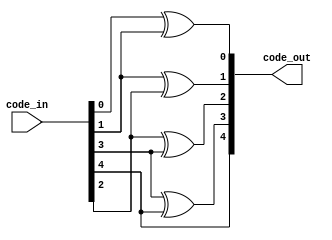
module gray(
	input [4:0] code_in,
	output wire [4:0] code_out
);

assign code_out[4] = code_in[4];
assign code_out[3] = code_in[3] ^ code_in[4];
assign code_out[2] = code_in[2] ^ code_in[3];
assign code_out[1] = code_in[1] ^ code_in[2];
assign code_out[0] = code_in[0] ^ code_in[1];

endmodule

module async_fifo_depth5 #(
parameter width = 4,
parameter depth = 13,
parameter log2depth = 4
)(
	input [width - 1:0] data_in,
	input wclk, rclk, reset, rd_en, wr_en,
	output reg [width - 1:0] data_out,
	output full, empty
);

reg [log2depth:0] tail, head, tail1, head1, tail2, head2;
reg [width - 1:0] mem[15:3];
wire [log2depth:0] tail0, head0, headplus2;
reg [log2depth:0] tail_next, head_next, headplus1;

gray g1(.code_in(tail), .code_out(tail0));
gray g2(.code_in(head), .code_out(head0));
gray g3(.code_in(headplus1), .code_out(headplus2));

always@(posedge wclk) begin
	if (reset) begin 
		tail <= 3;
		head1 <= 5'b00010;
		head2 <= 5'b00010;
	end
	else begin
		head1 <= headplus2;
		head2 <= head1;
		if (wr_en == 1 && full == 0) begin
			mem[tail[log2depth - 1:0]] <= data_in;
			tail <= tail_next;
		end
	end
end

always@(posedge rclk) begin
	if (reset) begin 
		head <= 3;
		tail1 <= 5'b00010;
		tail2 <= 5'b00010;
	end
	else begin
		tail1 <= tail0;
		tail2 <= tail1;
		if (rd_en == 1 && empty == 0) begin
			data_out <= mem[head[log2depth - 1:0]];
			head <= head_next;
		end
	end
end

always@(*) begin
	if (head < 16) headplus1 = head - 3;
	else headplus1 = head + 3;
end

always@(*) begin
	if (head == 28) head_next = 3;
	else head_next = head + 1;
end

always@(*) begin
	if (tail == 28) tail_next = 3;
	else tail_next = tail + 1;
end


assign empty = (tail2 == head0)? 1:0;
assign full = (~tail0[log2depth:log2depth-1]==head2[log2depth:log2depth-1] && head2[log2depth - 2:0] == tail0[log2depth - 2:0])? 1:0;

endmodule